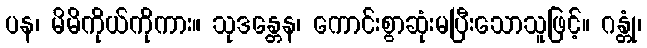
ပန၊ မိမိကိုယ်ကိုကား။ သုဒန္တေန၊ ကောင်းစွာဆုံးမပြီးသောသူဖြင့်။ ဂန္တုံ၊